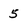
Character: 5